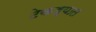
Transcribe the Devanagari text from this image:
टेकड्यात